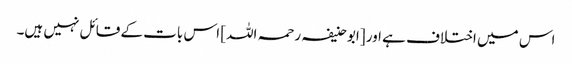
اس میں اختلاف ہے اور [ابو حنیفہ رحمہ اللہ] اس بات کے قائل نہیں ہیں۔